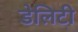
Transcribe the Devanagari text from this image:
डेलिटी